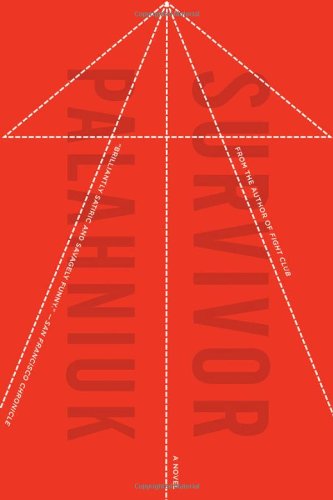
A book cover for Survivor: A Novel; Chuck Palahniuk; Humor & Entertainment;